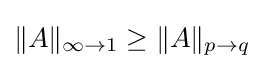
\|A\|_{\infty \to 1}\geq \|A\|_{p\to q}